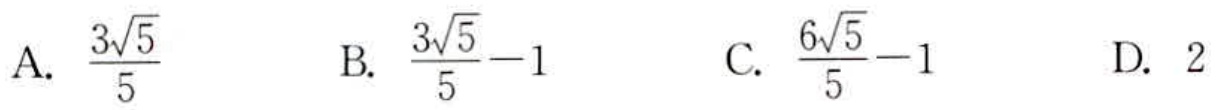
A. $\frac{3\sqrt{5}}{5}$  B. $\frac{3\sqrt{5}}{5}-1$  C. $\frac{6\sqrt{5}}{5}-1$  D. $2$